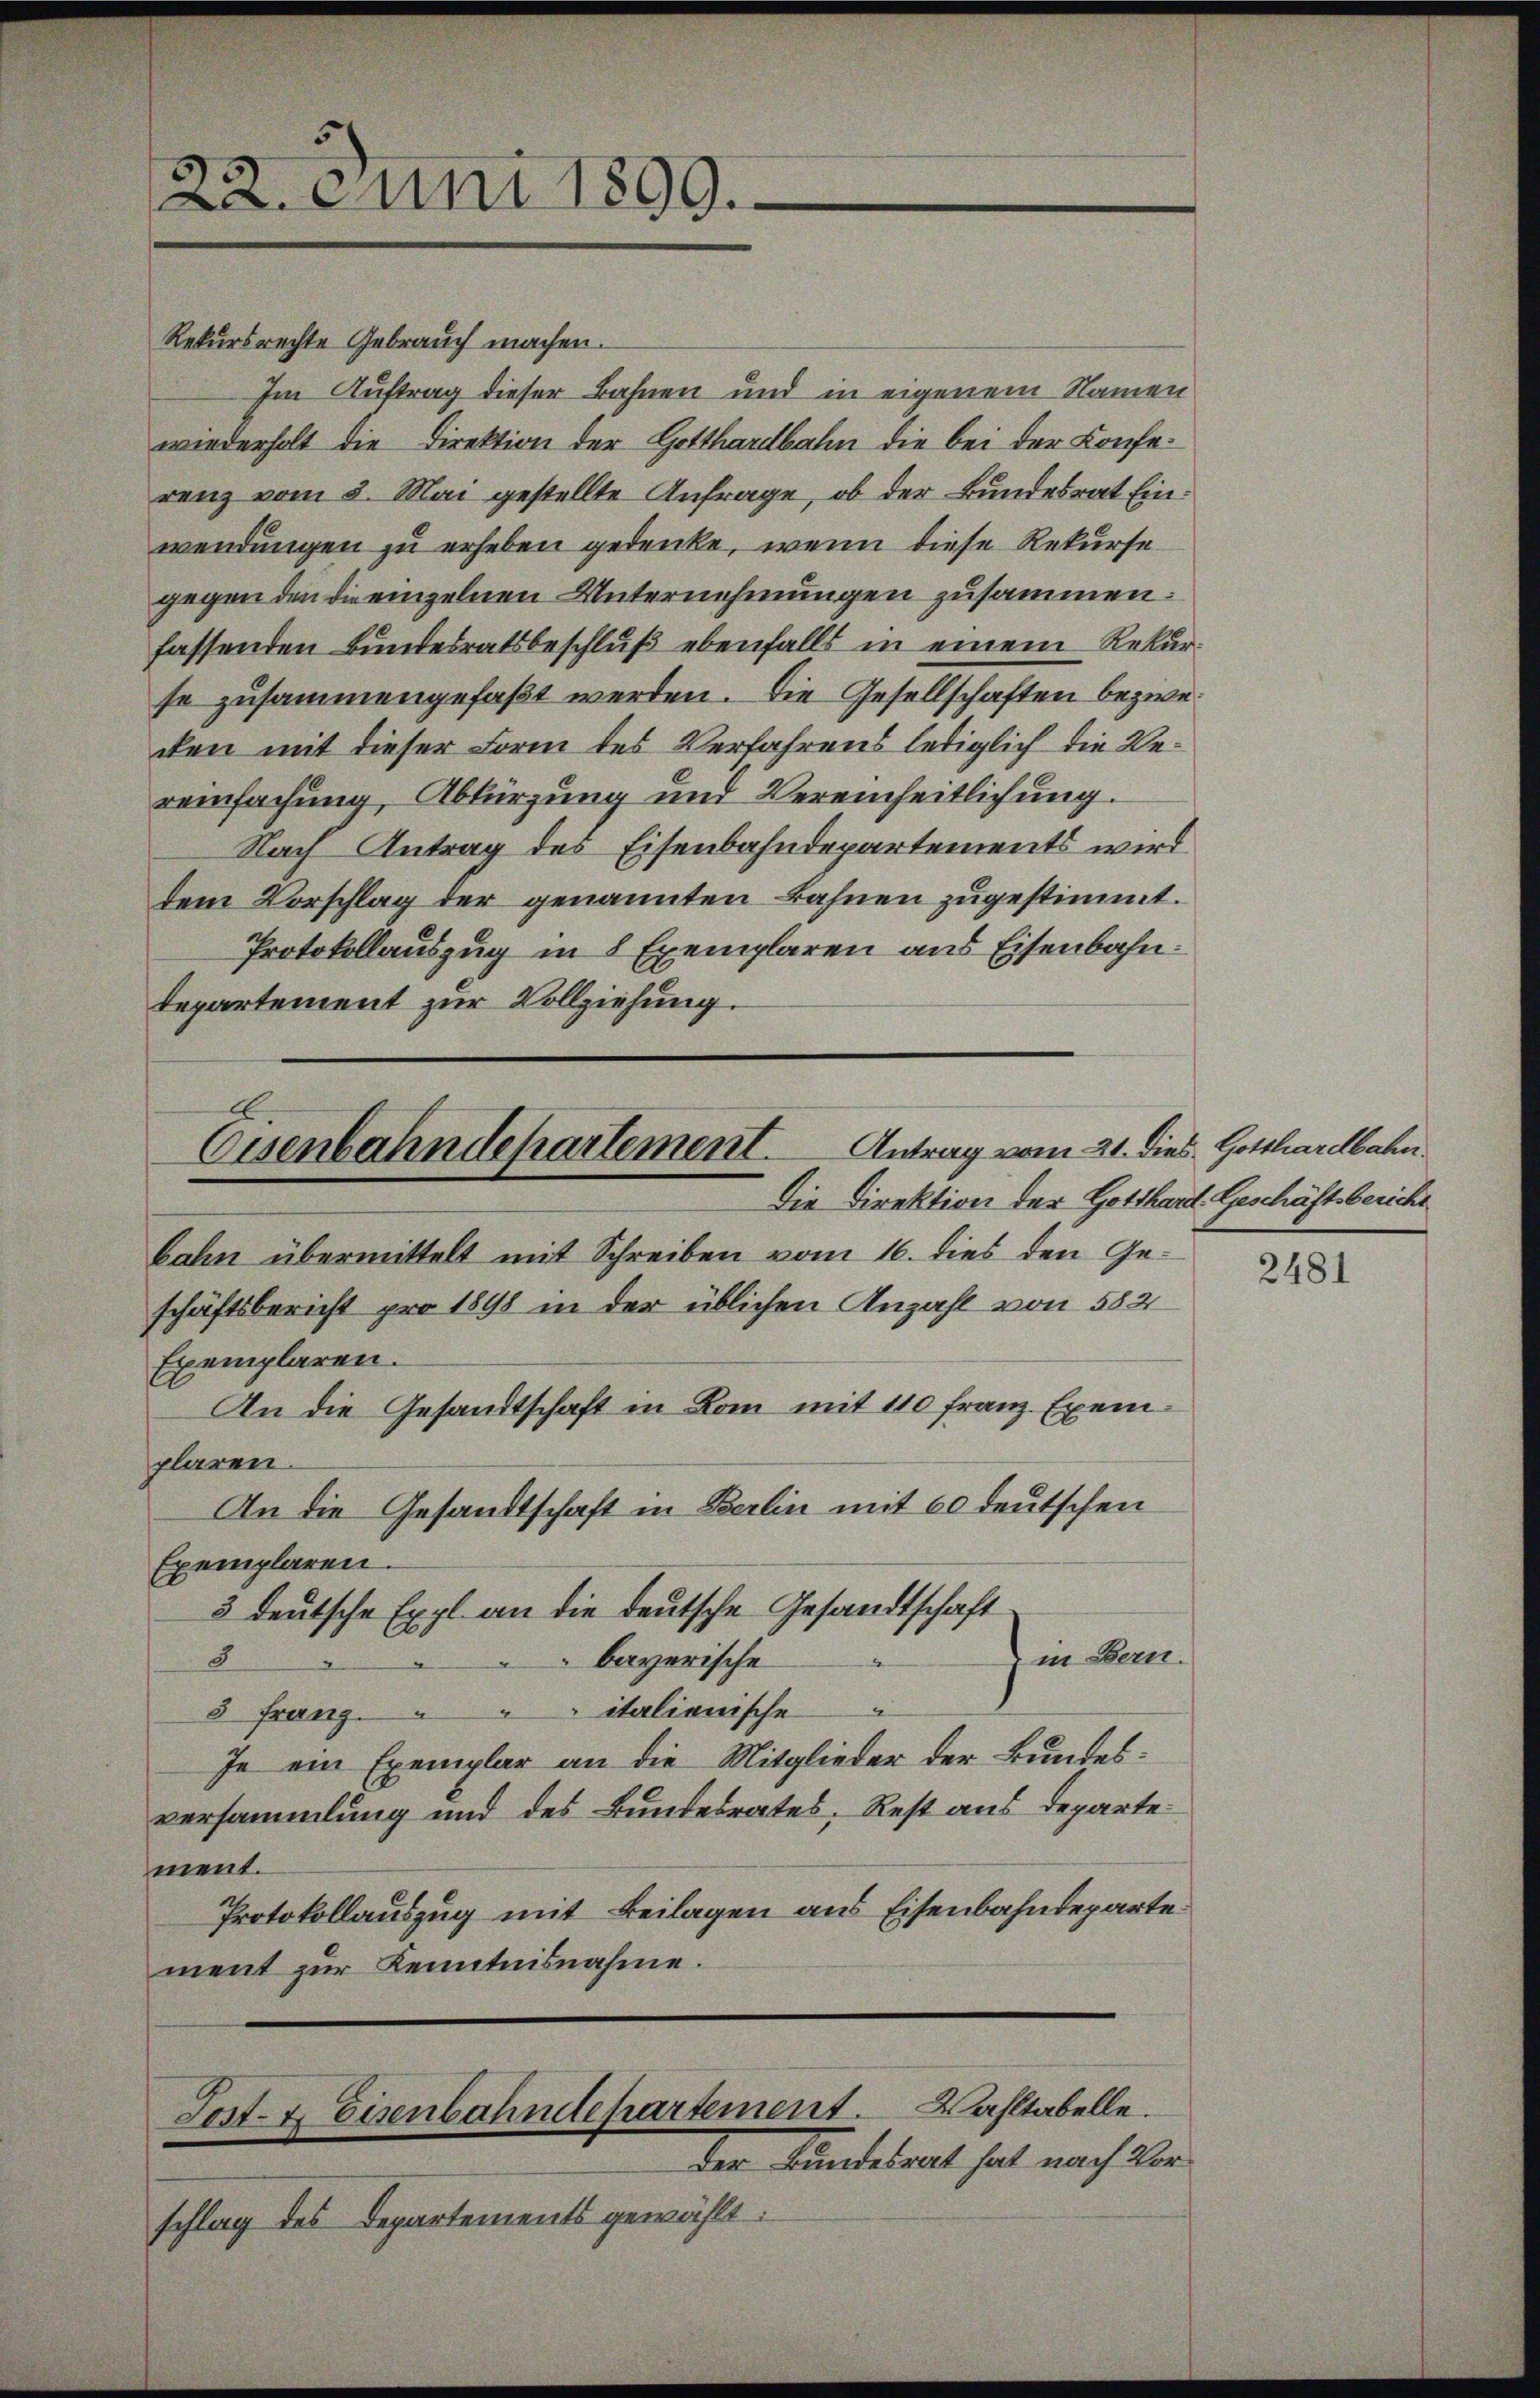
22. Juni 1899.

Rekursrechte Gebrauch machen.
Im Auftrag dieser Bahnen und in eigenem Namen
wiederholt die Direktion der Gotthardbahn die bei der Konferenz vom 3. Mai gestellte Anfrage, ob der Bundesrat Einwendungen zu erheben gedenke, wenn diese Rekurse
gegen den die einzelnen Unternehmungen zusammen.
fassenden Bundesratsbeschluß ebenfalls in einem Rekurse zusammengefaßt werden. Die Gesellschaften bezwe
cken mit dieser Form des Verfahrens lediglich die Vereinfachung, Abkürzung und Vereinheitlichung.
Nach Antrag des Eisenbahndepartements wird
dem Vorschlag der genannten Bahnen zugestimmt.
Protokollauszug in 8 Exemplaren aus Eisenbahn.
departement zur Vollziehung.

Antrag vom 21. dies Gotthardbahn
Eisenbahndepartement.
Die Direktion der Gotthard. Geschäftsbericht

bahn übermittelt mit Schreiben vom 16. dies den Geschäftsbericht pro 1898 in der üblichen Anzahl von 582
Exemplaren.
An die Gesandtschaft in Dom mit 110 Franz Exemplaren.
An die Gesandtschaft in Berlin mit 60 deutschen
Exemplaren.
3 deutsche Expl an die deutsche Gesandtschaft
in Ban
8
bayerische
3 Franz. " " " italienische
Je ein Exemplar an die Mitglieder der Bundesversammlung und des Bundesrates, Rest aus Departe
ment.
Protokollauszug mit Beilagen aus Eisenbahndeparte:
ment zur Kenntnisnahme.
Post- & Eisenbahndepartement. Wahltabelle.
der Kundesrat hat nach Ver
schlag des Departements gewählt:

2481